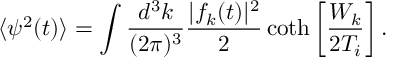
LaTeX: \langle \psi ^ { 2 } ( t ) \rangle = \int \frac { d ^ { 3 } k } { ( 2 \pi ) ^ { 3 } } \frac { | f _ { k } ( t ) | ^ { 2 } } { 2 } \coth \left[ \frac { W _ { k } } { 2 T _ { i } } \right] .